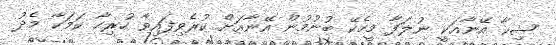
ޝިކާ އޭނާއަކީ ނުލަފާ މީހެކޭ ބުނުމުން އޭނާއަށް ކުރެވިފައިވާ ހުރިހާ ކަމަކާ މެދު